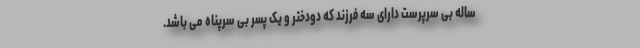
ساله بی سرپرست دارای سه فرزند که دودختر و یک پسر بی سرپناه می باشد.